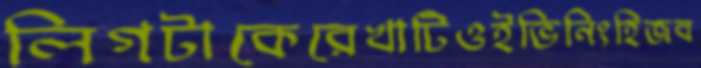
লিগটাকেরেখাটিওইভিনিংহিজব